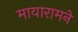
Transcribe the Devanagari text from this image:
मायारामने